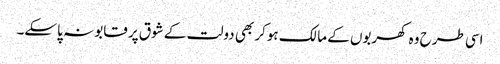
اسی طرح وہ کھربوں کے مالک ہوکر بھی دولت کے شوق پر قابو نہ پاسکے۔